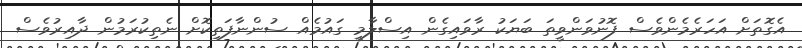
އެގޮތަށް އަހަރެމެންވެސް ފޮނުވަންވީތަ ބަޔަކު ރާވައިގެން އިސްލާމީ ގައުމެއް ސުންނާފަތިކޮށް ނެތިކުރަމުން ދާއިރުވެސް